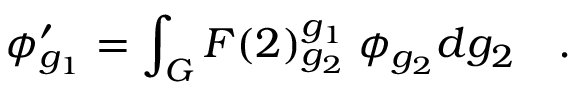
\phi _ { g _ { 1 } } ^ { \prime } = \int _ { G } F ( 2 ) _ { g _ { 2 } } ^ { g _ { 1 } } \; \phi _ { g _ { 2 } } d g _ { 2 } \quad .